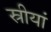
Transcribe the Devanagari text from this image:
स्रीयां